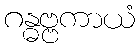
ဂန္ဓဗ္ဗကာယံ